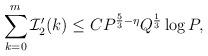
LaTeX: \begin{align*} \sum_{k=0}^m{\cal{I}}_2'(k)\leq C P^{\frac53-\eta}Q^{\frac13} \log P,\end{align*}